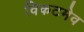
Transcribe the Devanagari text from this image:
विकटमेव